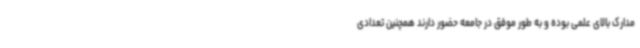
مدارک بالای علمی بوده و به طور موفق در جامعه حضور دارند همچنین تعدادی